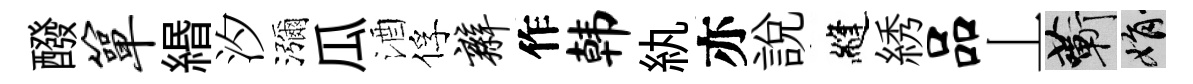
醱箪緡汐瀰瓜酒俘辫作韩紈亦說縫綉品丄蔪娟